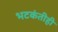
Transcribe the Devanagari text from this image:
भटकंतीही